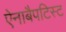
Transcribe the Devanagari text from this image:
ऐनाबैपटिस्ट